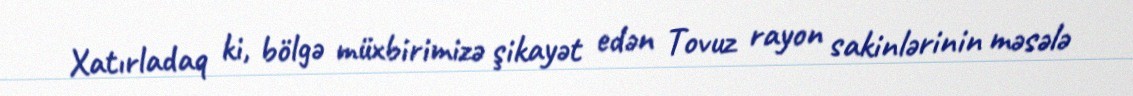
Xatırladaq ki, bölgə müxbirimizə şikayət edən Tovuz rayon sakinlərinin məsələ